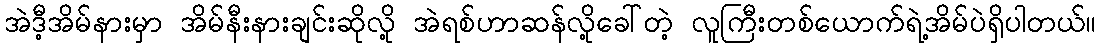
အဲဒီ့အိမ်နားမှာ အိမ်နီးနားချင်းဆိုလို့ အဲရစ်ဟာဆန်လို့ခေါ်တဲ့ လူကြီးတစ်ယောက်ရဲ့အိမ်ပဲရှိပါတယ်။